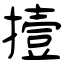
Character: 撎